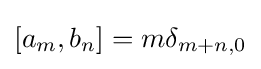
[a_{m},b_{n}]=m\delta _{m+n,0}